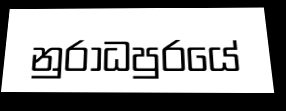
නුරාධපුරයේ